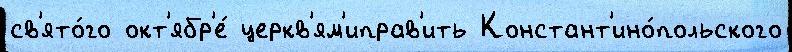
св'ято́го окт'ябр'е́ церкв'ям'иправ'ить Констант'ино́польского